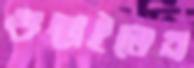
গুছাইতেন